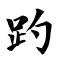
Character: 趵